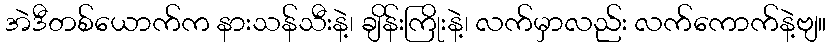
အဲဒီတစ်ယောက်က နားသန်သီးနဲ့၊ ချိန်းကြိုးနဲ့၊ လက်မှာလည်း လက်ကောက်နဲ့ဗျ။